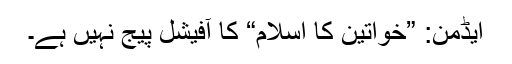
ایڈمن: ”خواتین کا اسلام“ کا آفیشل پیج نہیں ہے۔